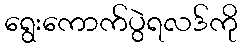
ရွေးကောက်ပွဲရလဒ်ကို